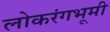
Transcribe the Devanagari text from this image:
लोकरंगभूमी